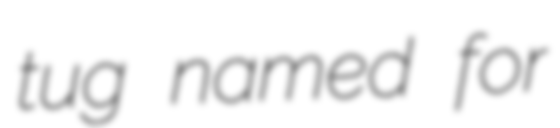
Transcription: tug named for